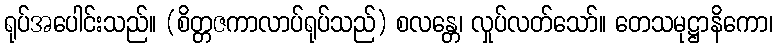
ရုပ်အပေါင်းသည်။ (စိတ္တဇကာလာပ်ရုပ်သည်) စလန္တေ၊ လှုပ်လတ်သော်။ တေသမုဋ္ဌာနိကော၊